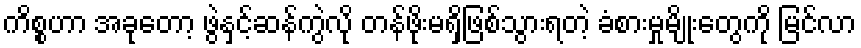
ကိစ္စဟာ အခုတော့ ဖွဲနှင့်ဆန်ကွဲလို တန်ဖိုးမရှိဖြစ်သွားရတဲ့ ခံစားမှုမျိုးတွေကို မြင်လာ